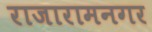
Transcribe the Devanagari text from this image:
राजारामनगर